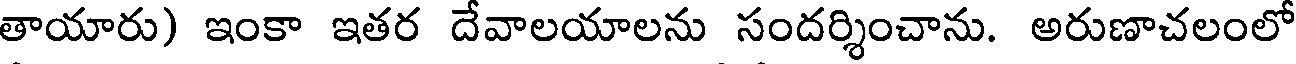
తాయారు) ఇంకా ఇతర దేవాలయాలను సందర్శించాను. అరుణాచలంలో